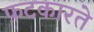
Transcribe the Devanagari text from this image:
फ़टकारते